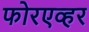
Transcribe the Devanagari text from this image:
फोरएव्हर